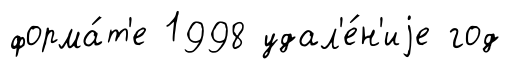
форма́т'е 1998 удал'е́н'иjе год